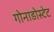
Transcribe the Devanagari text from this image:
गोनाडोस्टेट